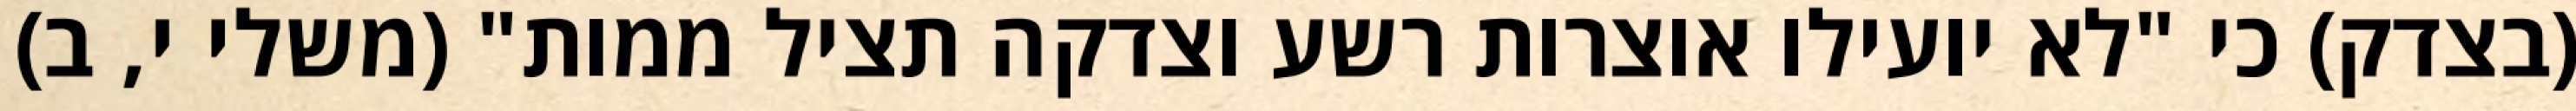
(בצדק) כי "לא יועילו אוצרות רשע וצדקה תציל ממות" (משלי י, ב)